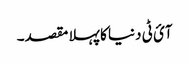
آئ ٹی دنیا کا پہلا مقصد۔